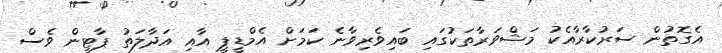
އެގޮތުން ސަރުކާރާއެކު މަޝްވަރާތަކުގައި ބައިވެރިވާނެ ކަމަށް އެމްޑީޕީ އާއި އަދާލަތު ޕާޓީން ވެސް